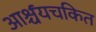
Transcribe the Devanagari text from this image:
आर्श्चयचकित